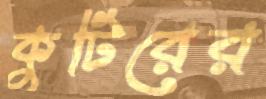
কুটিরের